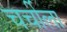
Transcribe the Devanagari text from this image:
चर्चीला